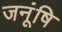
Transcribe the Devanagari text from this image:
जनूंषि